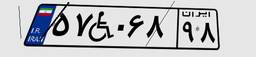
۵۷W۰۶۸۹۸